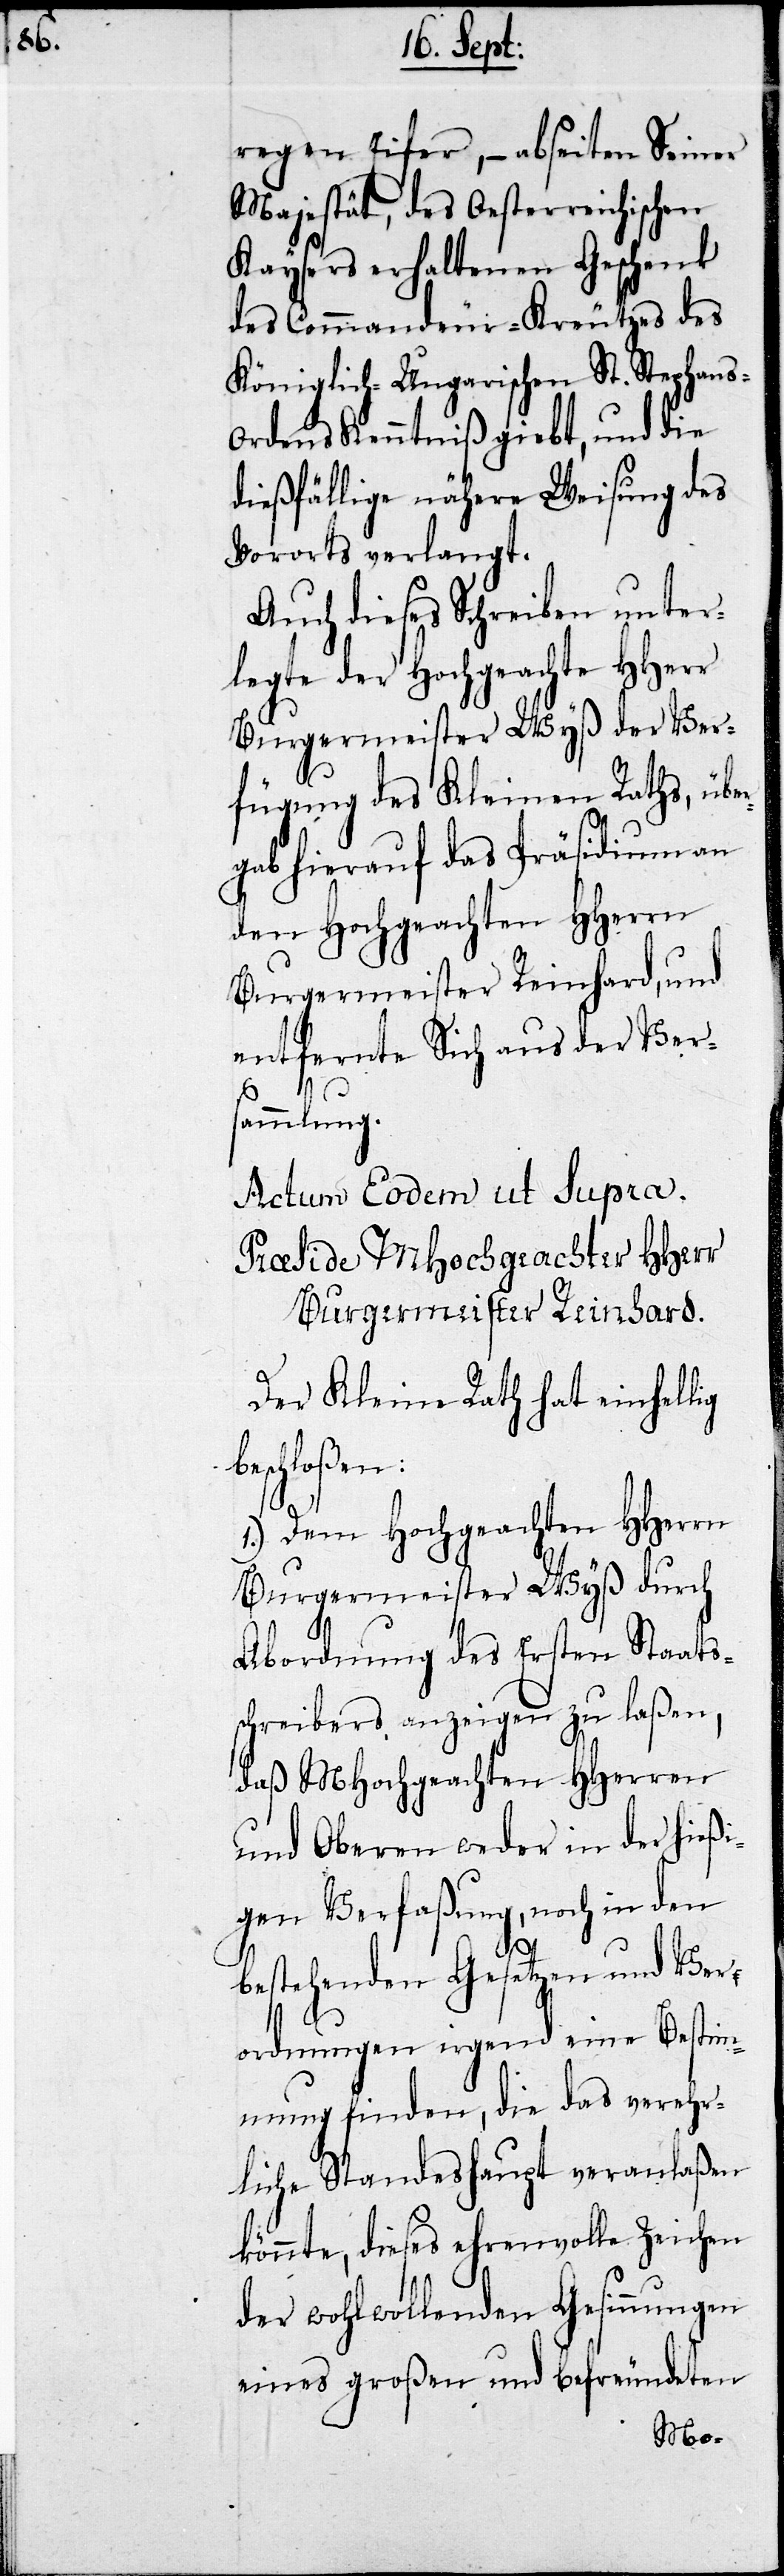
b¬

regen Eifer, – abseiten Seiner
Majestät, des Oesterreichischen
Kaysers erhaltenen Geschenk
des Commandeur-Kreutzes des
Königlich-Ungarischen St. Stephans-O¬
rdens Kenntniß giebt, und die
dießfällige nähere Weisung des
Vororts verlangt.
Auch dieses Schreiben unter¬
legte der Hochgeachte HHerr
Burgermeister Wyß der Ver¬
fügung des Kleinen Raths, übe¬
rgab hierauf das Präsidium an
den Hochgeachten HHerrn
Burgermeister Reinhard, und
entfernte Sich aus der Vers¬
ammlung.
Actum Eodum ut supra.
Praeside MHochgeachter HHerr
Burgermeister Reinhard.
Der Kleine Rath hat einhellig
eschloßen:
1.) Dem Hochgeachten HHerrn
Burgermeister Wyß durch
Abordnung des Ersten Staats¬
schreibers anzeigen zu laßen,
daß MHochgeachten HHerren
und Oberen weder in der hießi¬
gen Verfaßung, noch in den
bestehenden Gesetzen und Ver¬
ordnungen irgend eine Bestim¬
mung finden, die das verehr¬
liche Standeshaupt veranlaßen
könnten, dieses ehrenvolle Zeichen
der wohlwollenden Gesinnungen
eines großen und befreundeten